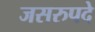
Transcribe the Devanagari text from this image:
जसरुपदे